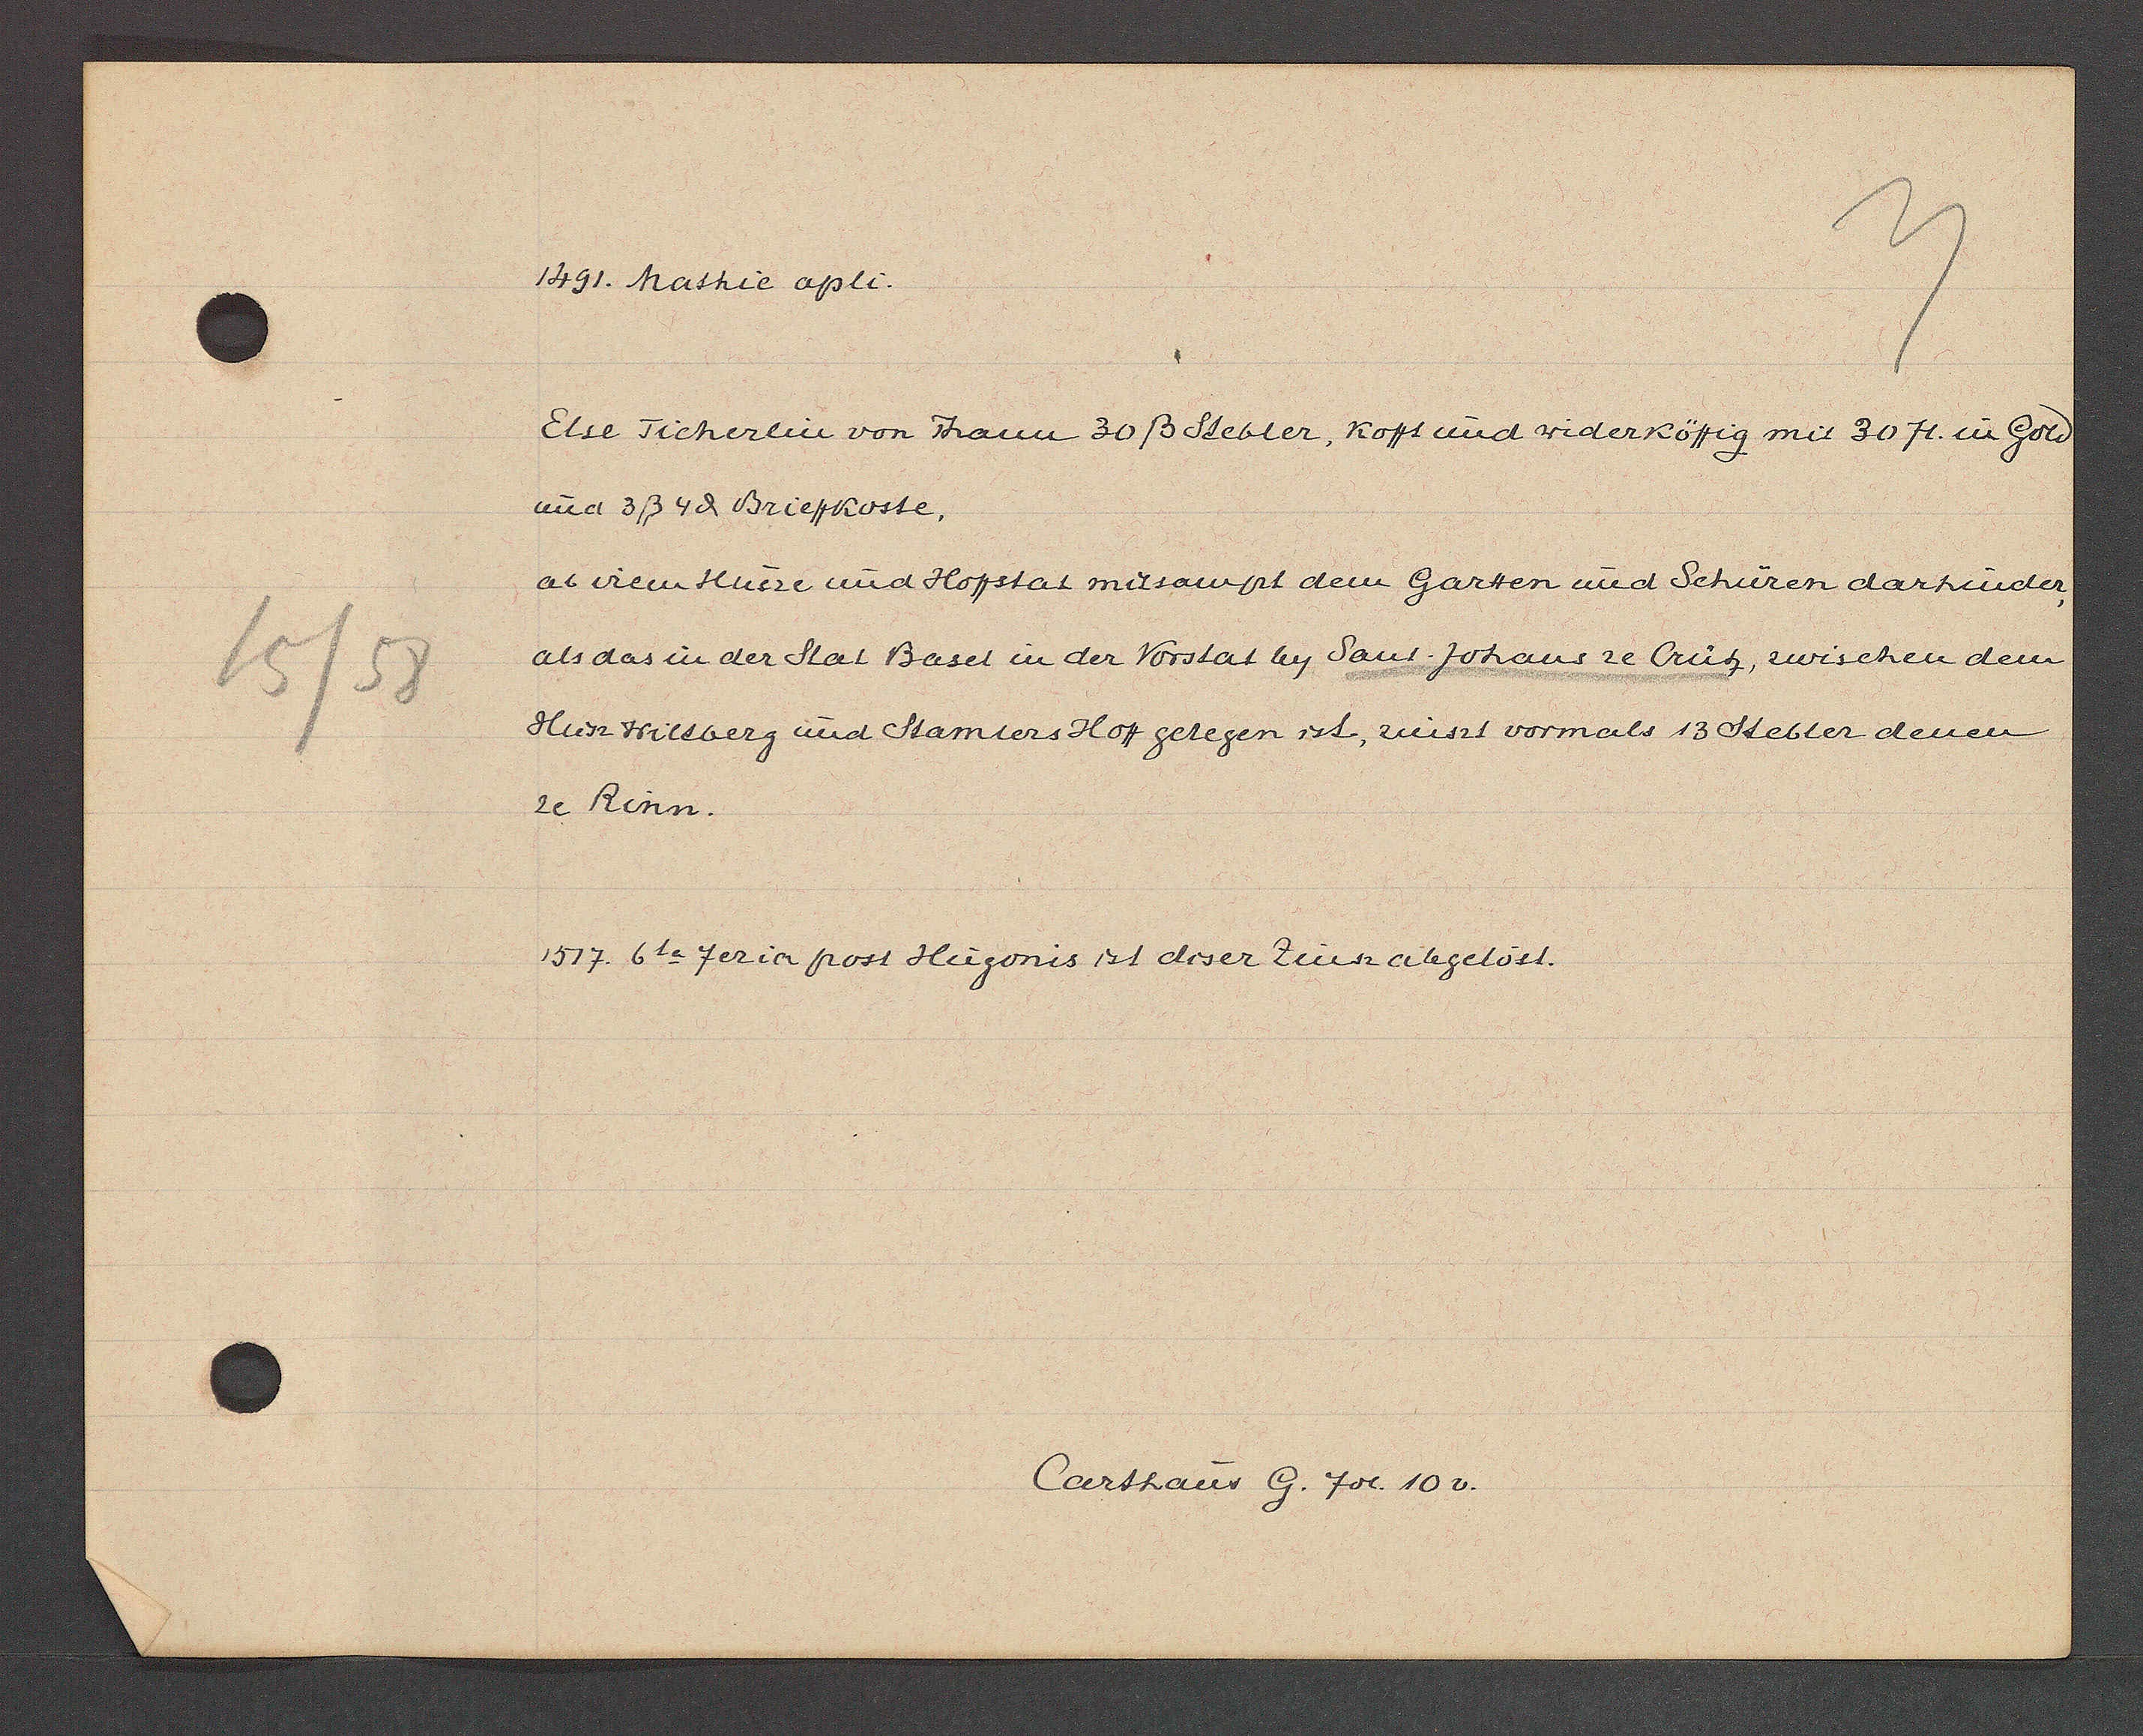
Transcript:
15/58

1491. Mathie apli.

Else Tischerlin von Hann 30ß Stebler, kofft und widerköffig mit 30 fl. in Gold
und 3ß 4ȡ Brieffkoste.
ab irem Huse und Hoffstat mitsampt dem Gartten und Schüren darhinder,
als das in der Stat Basel in der Vorstat by Sant Johans ze Crütz, zwischen dem
Husz Wilsberg und Stamlers Hof gelegen ist, zinst vormals 13 Stebler denen
ze Rinn.
1517. 6ta feria post Hugonis ist diser Zinsz abgelöst.

Carthaus G. fol. 10v.